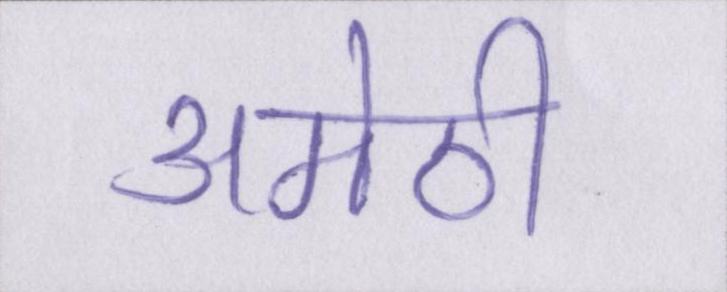
अमेठी